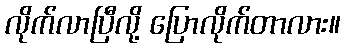
လိုက်လာပြီလို့ ပြောလိုက်တာလား။